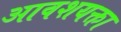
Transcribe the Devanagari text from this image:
आवशयक्ता